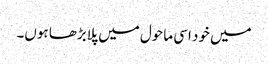
میں خود اسی ماحول میں پلابڑھا ہوں۔